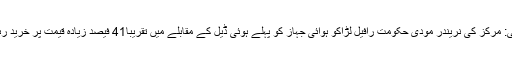
نئی دہلی: مرکز کی نریندر مودی حکومت رافیل لڑاکو ہوائی جہاز کو پہلے ہوئی ڈیل کے مقابلے میں تقریباً41 فیصد زیادہ قیمت پر خرید رہی ہے۔